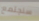
سنجتمع